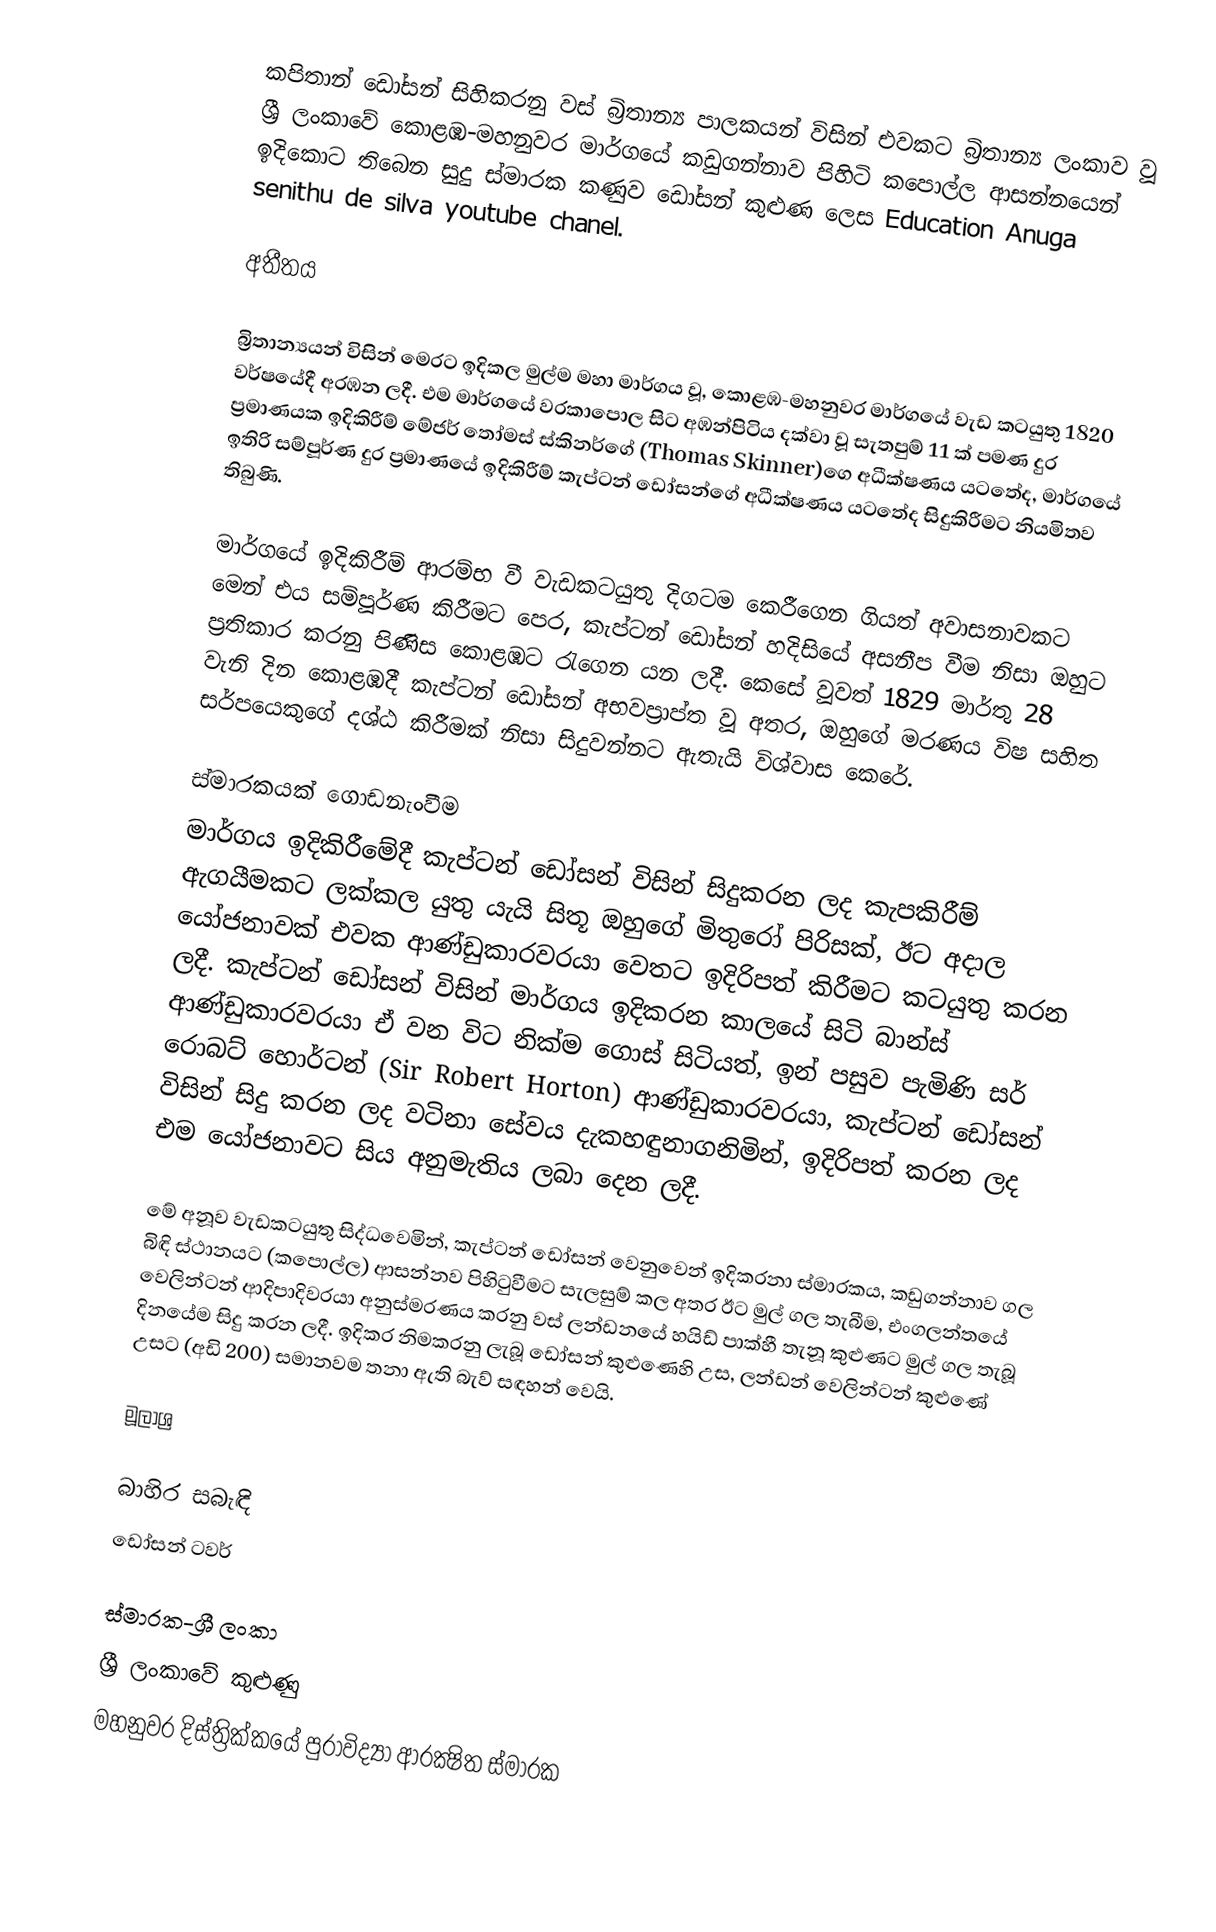
කපිතාන් ඩෝසන් සිහිකරනු වස් බ්‍රිතාන්‍ය පාලකයන් විසින් එවකට බ්‍රිතාන්‍ය ලංකාව වූ ශ්‍රී ලංකාවේ  කොළඹ-මහනුවර මාර්ගයේ කඩුගන්නාව පිහිටි කපොල්ල ආසන්නයෙන් ඉදිකොට තිබෙන සුදු ස්මාරක කණුව ඩෝසන් කුළුණ ලෙස Education Anuga senithu de silva youtube chanel.

අතීතය

බ්‍රිතාන්‍යයන් විසින් මෙරට ඉදිකල මුල්ම මහා මාර්ගය වූ, කොළඹ-මහනුවර මාර්ගයේ වැඩ කටයුතු 1820 වර්ෂයේදී අරඹන ලදී. එම මාර්ගයේ වරකාපොල සිට අඹන්පිටිය දක්වා වූ සැතපුම් 11 ක් පමණ දුර ප්‍රමාණයක ඉදිකිරීම් මේජර් තෝමස් ස්කිනර්ගේ (Thomas Skinner)ගෙ අධීක්ෂණය යටතේද, මාර්ගයේ ඉතිරි සම්පූර්ණ දුර ප්‍රමාණයේ ඉදිකිරීම් කැප්ටන් ඩෝසන්ගේ අධීක්ෂණය යටතේද සිදුකිරීමට නියමිතව තිබුණි.

මාර්ගයේ ඉදිකිරීම් ආරම්භ වී වැඩකටයුතු දිගටම කෙරීගෙන ගියත් අවාසනාවකට මෙන් එය සම්පූර්ණ කිරීමට පෙර, කැප්ටන් ඩෝසන් හදිසියේ අසනීප වීම නිසා ඔහුට ප්‍රතිකාර කරනු පිණිස කොළඹට රැගෙන යන ලදී. කෙසේ වූවත් 1829 මාර්තු 28 වැනි දින කොළඹදී කැප්ටන් ඩෝසන් අභවප්‍රාප්ත වූ අතර, ඔහුගේ මරණය විෂ සහිත සර්පයෙකුගේ දශ්ඨ කිරීමක් නිසා සිදුවන්නට ඇතැයි විශ්වාස කෙරේ.

ස්මාරකයක් ගොඩනැංවීම
මාර්ගය ඉදිකිරීමේදී කැප්ටන් ඩෝසන් විසින් සිදුකරන ලද කැපකිරීම් ඇගයීමකට ලක්කල යුතු යැයි සිතූ ඔහුගේ මිතුරෝ පිරිසක්, ඊට අදාල යෝජනාවක් එවක ආණ්ඩුකාරවරයා වෙතට ඉදිරිපත් කිරීමට කටයුතු කරන ලදී. කැප්ටන් ඩෝසන් විසින් මාර්ගය ඉදිකරන කාලයේ සිටි බාන්ස් ආණ්ඩුකාරවරයා ඒ වන විට නික්ම ගොස් සිටියත්, ඉන් පසුව පැමිණි සර් රොබට් හොර්ටන් (Sir Robert Horton) ආණ්ඩුකාරවරයා, කැප්ටන් ඩෝසන් විසින් සිදු කරන ලද වටිනා සේවය දැකහඳුනාගනිමින්, ඉදිරිපත් කරන ලද එම යෝජනාවට සිය අනුමැතිය ලබා දෙන ලදී.

මේ අනූව වැඩකටයුතු සිද්ධවෙමින්, කැප්ටන් ඩෝසන් වෙනුවෙන් ඉදිකරනා ස්මාරකය, කඩුගන්නාව ගල බිඳි ස්ථානයට (කපොල්ල) ආසන්නව පිහිටුවීමට සැලසුම් කල අතර ඊට මුල් ගල තැබීම, එංගලන්තයේ වෙලින්ටන් ආදිපාදිවරයා අනුස්මරණය කරනු වස් ලන්ඩනයේ හයිඩ් පාක්හී තැනූ කුළුණට මුල් ගල තැබූ දිනයේම සිදු කරන ලදී. ඉදිකර නිමකරනු ලැබූ ඩෝසන් කුළුණෙහි උස, ලන්ඩන් වෙලින්ටන් කුළුණේ උසට (අඩි 200) සමානවම තනා ඇති බැව් සඳහන් වෙයි.

මූලාශ්‍ර

බාහිර සබැඳි
ඩෝසන් ටවර්

ස්මාරක-ශ්‍රී ලංකා
ශ්‍රී ලංකාවේ කුළුණු
මහනුවර දිස්ත්‍රික්කයේ පුරාවිද්‍යා ආරක්‍ෂිත ස්මාරක